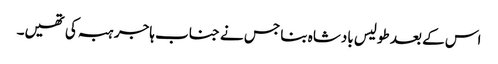
اس کے بعد طولیس بادشاہ بنا جس نے جناب ہاجر ہبہ کی تھیں۔